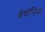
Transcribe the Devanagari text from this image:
ब्रेथोनिक